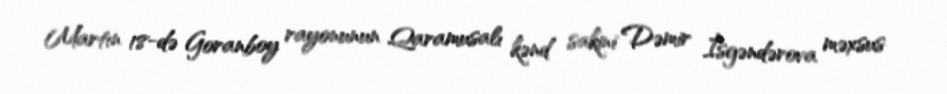
Martın 18-də Goranboy rayonunun Qaramusalı kənd sakini Dəmir İsgəndərova məxsus